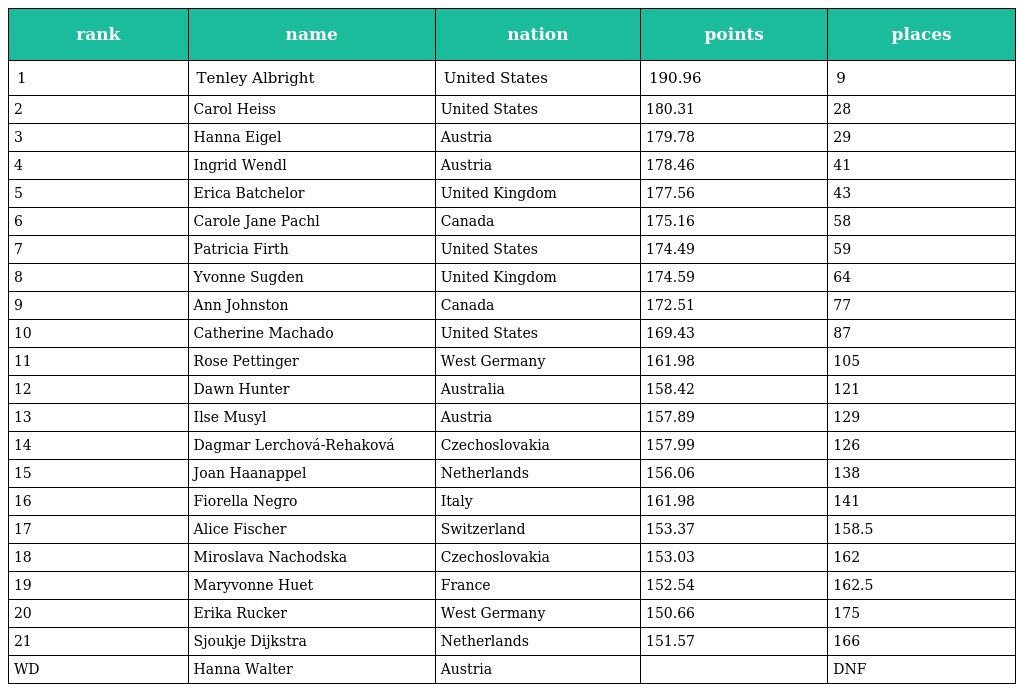
| rank | name | nation | points | places |
 | --- | --- | --- | --- | --- |
 | 1 | Tenley Albright | United States | 190.96 | 9 |
 | 2 | Carol Heiss | United States | 180.31 | 28 |
 | 3 | Hanna Eigel | Austria | 179.78 | 29 |
 | 4 | Ingrid Wendl | Austria | 178.46 | 41 |
 | 5 | Erica Batchelor | United Kingdom | 177.56 | 43 |
 | 6 | Carole Jane Pachl | Canada | 175.16 | 58 |
 | 7 | Patricia Firth | United States | 174.49 | 59 |
 | 8 | Yvonne Sugden | United Kingdom | 174.59 | 64 |
 | 9 | Ann Johnston | Canada | 172.51 | 77 |
 | 10 | Catherine Machado | United States | 169.43 | 87 |
 | 11 | Rose Pettinger | West Germany | 161.98 | 105 |
 | 12 | Dawn Hunter | Australia | 158.42 | 121 |
 | 13 | Ilse Musyl | Austria | 157.89 | 129 |
 | 14 | Dagmar Lerchová-Rehaková | Czechoslovakia | 157.99 | 126 |
 | 15 | Joan Haanappel | Netherlands | 156.06 | 138 |
 | 16 | Fiorella Negro | Italy | 161.98 | 141 |
 | 17 | Alice Fischer | Switzerland | 153.37 | 158.5 |
 | 18 | Miroslava Nachodska | Czechoslovakia | 153.03 | 162 |
 | 19 | Maryvonne Huet | France | 152.54 | 162.5 |
 | 20 | Erika Rucker | West Germany | 150.66 | 175 |
 | 21 | Sjoukje Dijkstra | Netherlands | 151.57 | 166 |
 | WD | Hanna Walter | Austria |  | DNF |